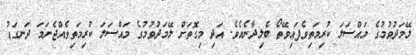
ލޭމަދުވުމުގެ މައްސަލަ ކުރިމަތިވެފައިވޭތޯ ބެލިދާނެއެވެ. އަދި މިގޮތަށް ލޭމަދުވުމުގެ މައްސަލަ ކުރިމަތިވެއްޖެނަމަ ދަނގަޑު